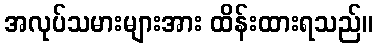
အလုပ်သမားများအား ထိန်းထားရသည်။